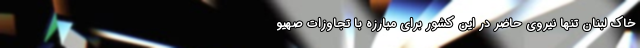
خاک لبنان تنها نیروی حاضر در این کشور برای مبارزه با تجاوزات صهیو